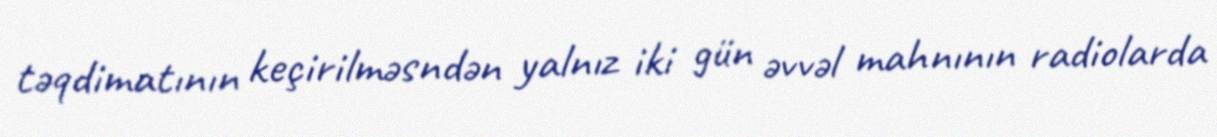
təqdimatının keçirilməsndən yalnız iki gün əvvəl mahnının radiolarda